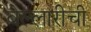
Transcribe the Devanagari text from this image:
बेल्लारीची